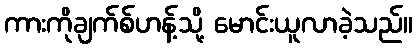
ကားကိုချက်စ်ဟန့်သို့ မောင်းယူလာခဲ့သည်။